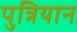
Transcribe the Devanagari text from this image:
पुत्रियान